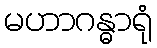
မဟာဂန္ဓာရုံ